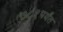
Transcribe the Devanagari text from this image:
७८१पर्यंत